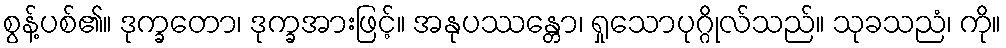
စွန့်ပစ်၏။ ဒုက္ခတော၊ ဒုက္ခအားဖြင့်။ အနုပဿန္တော၊ ရှုသောပုဂ္ဂိုလ်သည်။ သုခသညံ၊ ကို။